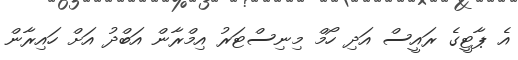
އެ ޕާޓީގެ ރައީސް އަދި ހޯމް މިނިސްޓަރު އިމްރާން އަބްދު އަށް ހައިރާން